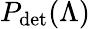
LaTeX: P_{\mathrm{det}}(\Lambda)